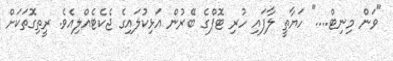
"ވަން މިނިޓް...." ހަޔާތީ ލާފައި ހުރި ޓޮޕްގެ ބޭރުން އަޅިކުލައިގެ ޖެކެޓެއްލިއެވެ. ރީތިގޮތަކަށް